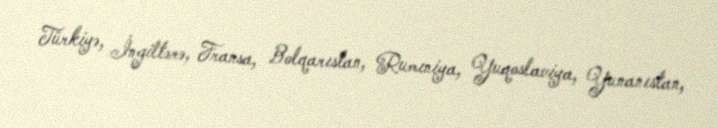
Türkiyə, İngiltərə, Fransa, Bolqarıstan, Rumıniya, Yuqoslaviya, Yunanıstan,